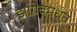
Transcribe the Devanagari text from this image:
झाग्रेबमधून